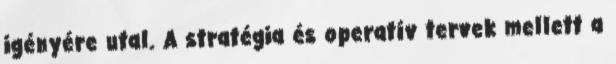
igényére utal. A stratégia és operatív tervek mellett a